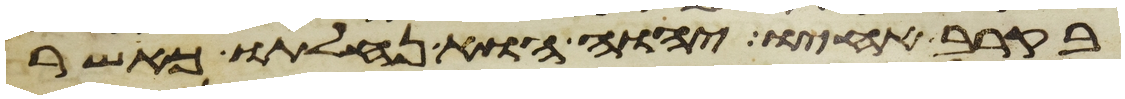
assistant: בקרב אחיו יהוה הוא נחלתו כאשר